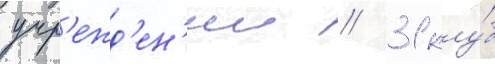
учр'ежд'ен'ии / 31 клу́б